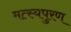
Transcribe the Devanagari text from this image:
मत्स्यपुरण